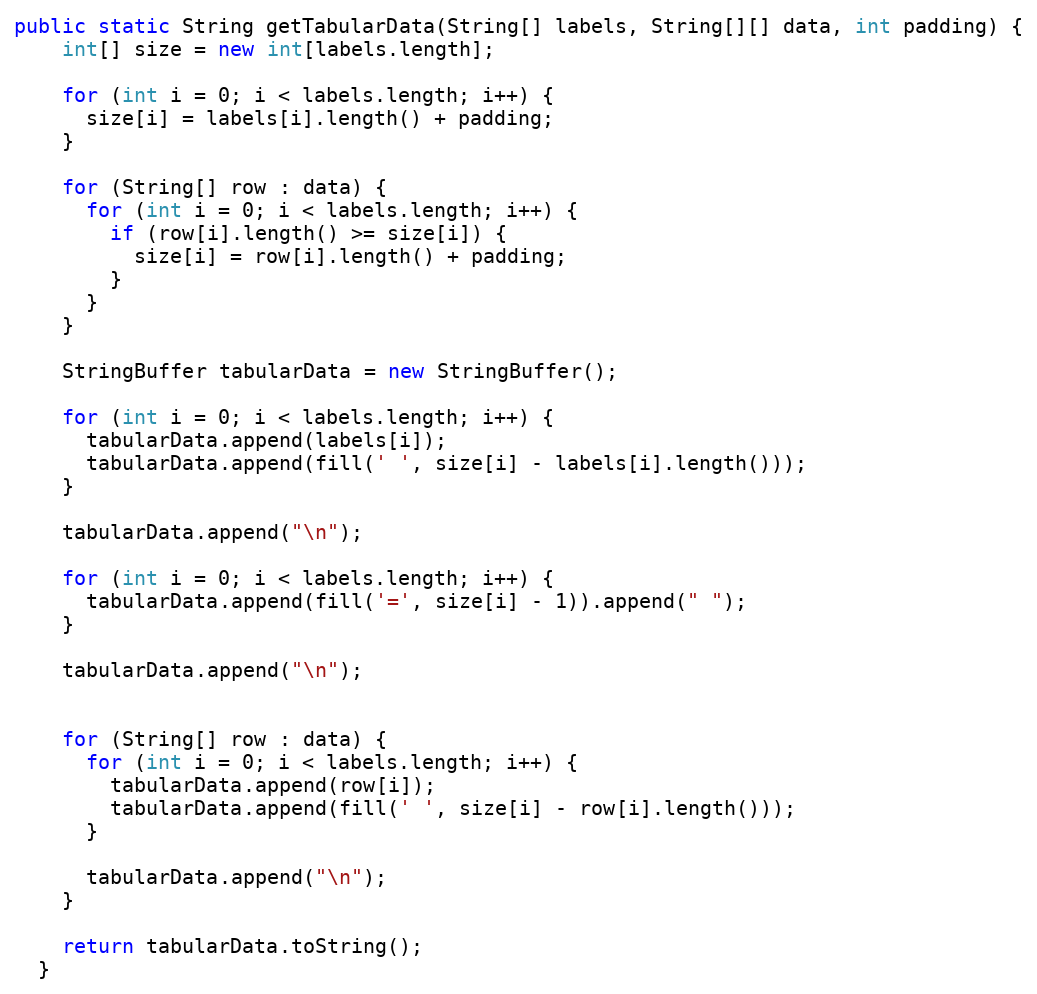
Language: Java
public static String getTabularData(String[] labels, String[][] data, int padding) {
    int[] size = new int[labels.length];

    for (int i = 0; i < labels.length; i++) {
      size[i] = labels[i].length() + padding;
    }

    for (String[] row : data) {
      for (int i = 0; i < labels.length; i++) {
        if (row[i].length() >= size[i]) {
          size[i] = row[i].length() + padding;
        }
      }
    }

    StringBuffer tabularData = new StringBuffer();

    for (int i = 0; i < labels.length; i++) {
      tabularData.append(labels[i]);
      tabularData.append(fill(' ', size[i] - labels[i].length()));
    }

    tabularData.append("\n");

    for (int i = 0; i < labels.length; i++) {
      tabularData.append(fill('=', size[i] - 1)).append(" ");
    }

    tabularData.append("\n");

    for (String[] row : data) {
      for (int i = 0; i < labels.length; i++) {
        tabularData.append(row[i]);
        tabularData.append(fill(' ', size[i] - row[i].length()));
      }

      tabularData.append("\n");
    }

    return tabularData.toString();
  }